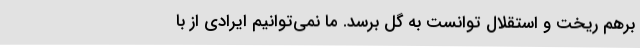
برهم ریخت و استقلال توانست به گل برسد. ما نمی‌توانیم ایرادی از با